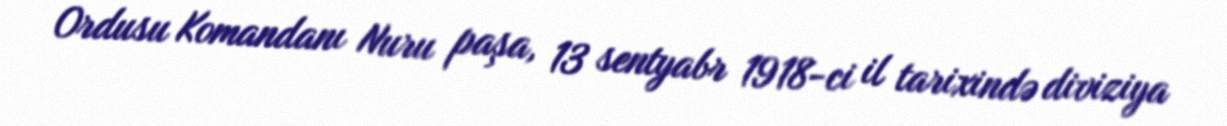
Ordusu Komandanı Nuru paşa, 13 sentyabr 1918-ci il tarixində diviziya